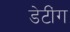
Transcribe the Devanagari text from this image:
डेटींग